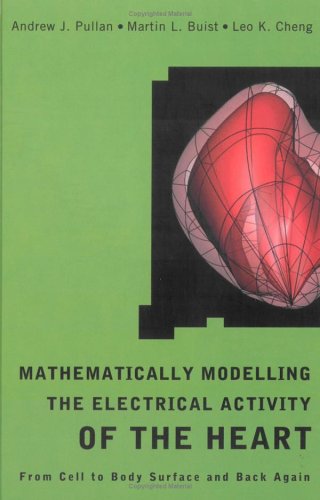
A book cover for Mathematically Modeling the Electrical Activity of the Heart: From Cell to Body Surface and Back; Andrew J. Pullan; Medical Books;